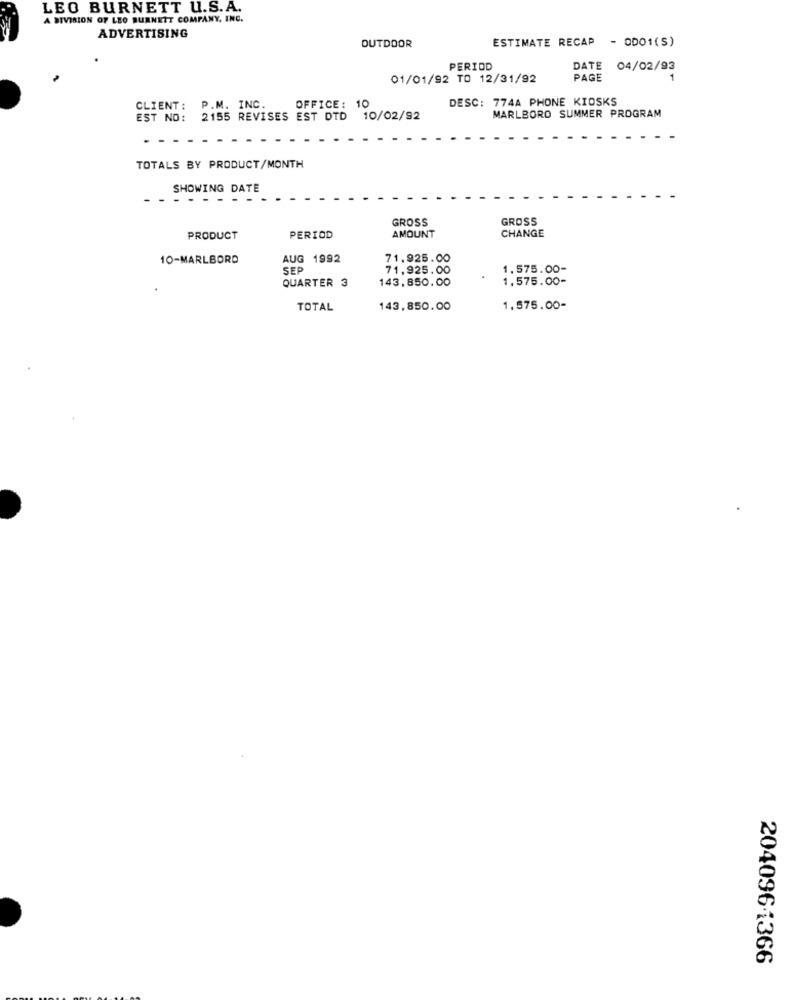
LEO BURNETT U.S.A.
A DIVISION OF LEO BURNETT COMPANY, INC.
ADVERTISING
ESTIMATE RECAP - 0001(S)
OUTDOOR
PERIOD
DATE 04/02/93
01/01/92 TO 12/31/92
PAGE
DESC: 774A PHONE KIOSKS
CLIENT: P.M. INC.
OFFICE:
10
EST NO: 2155 REVISES EST DTD 10/02/92
MARLBORO SUMMER PROGRAM
TOTALS BY PRODUCT/MONTH
SHOWING DATE
GROSS
GROSS
AMOUNT
CHANGE
PRODUCT
PERIOD
10-MARLBORO
AUG 1992
71.925.00
SEP
71,925.00
1.575.00-
QUARTER 3
143,850.00
1,575.00-
TOTAL
143,850.00
1.575.00-
2040961366